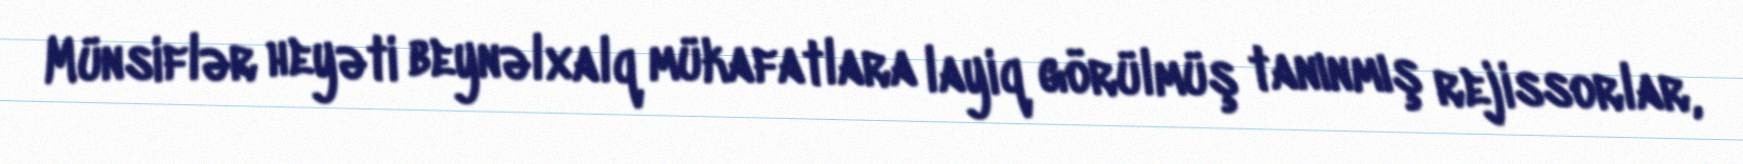
Münsiflər heyəti beynəlxalq mükafatlara layiq görülmüş tanınmış rejissorlar,